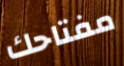
مفتاحك